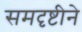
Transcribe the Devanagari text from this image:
समदृष्टीने